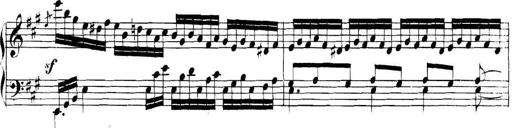
Title: Collected Piano Sonatas
Composer: Muzio Clementi